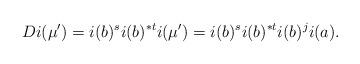
LaTeX: \begin{align*}Di(\mu') = i(b)^si(b)^{*t}i(\mu') = i(b)^si(b)^{*t}i(b)^ji(a).\end{align*}